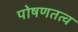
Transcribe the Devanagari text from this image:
पोषणतत्व